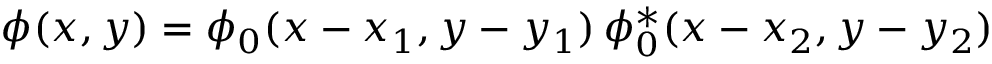
\phi ( x , y ) = \phi _ { 0 } ( x - x _ { 1 } , y - y _ { 1 } ) \, \phi _ { 0 } ^ { \ast } ( x - x _ { 2 } , y - y _ { 2 } )